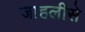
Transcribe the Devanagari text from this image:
जाहलीसे